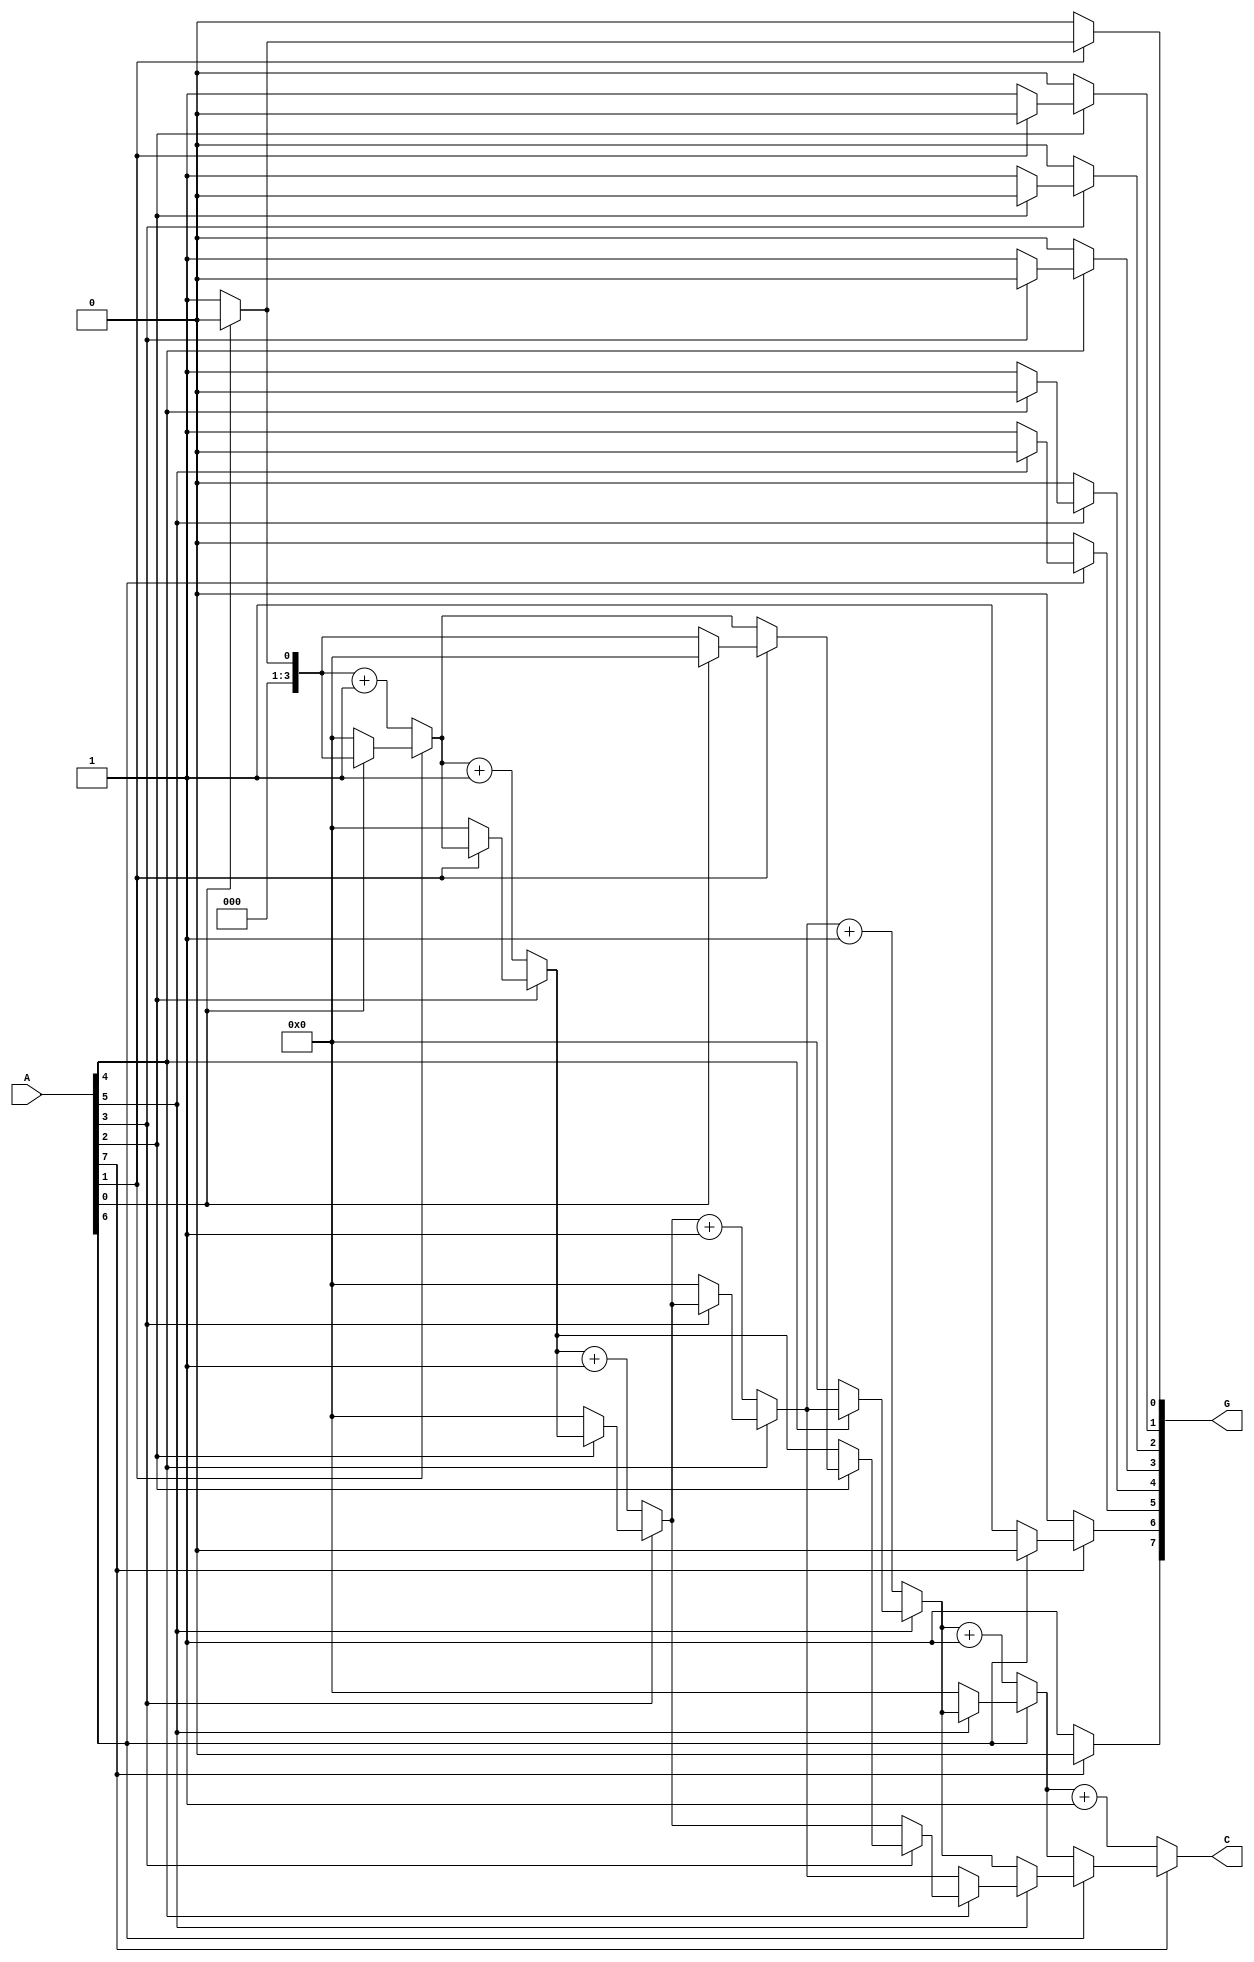
module grouping_of_zeros #(parameter N = 8) (
    input  wire [N-1:0] A,        // Input signal
    output reg  [N-1:0] G,        // Grouped output
    output reg  [3:0]   C         // Count output (4 bits for count of zeros)
);

    integer i;
    reg [3:0] zero_count;          // Counter for consecutive zeros
    reg in_zero_group;             // State to track if in a group of zeros

    always @(*) begin
        // Initialize outputs
        G = 0;
        C = 0;
        zero_count = 0;
        in_zero_group = 0;

        // Scan through the input signal
        for (i = 0; i < N; i = i + 1) begin
            if (A[i] == 1'b0) begin
                // If we encounter a zero
                zero_count = zero_count + 1;
                in_zero_group = 1;
            end else begin
                // If we encounter a one
                if (in_zero_group) begin
                    // Finalize the current group of zeros
                    // Mark the start and end of the group in G
                    G[i - 1] = 1'b1; // End of zero group
                    C = zero_count;  // Set the count output
                    zero_count = 0;  // Reset the zero counter
                    in_zero_group = 0; // Reset the state
                end
            end
        end
        
        // Check if the last group ends at the last bit
        if (in_zero_group) begin
            G[N-1] = 1'b1; // End of the last zero group
            C = zero_count; // Set the count output
        end
    end

endmodule